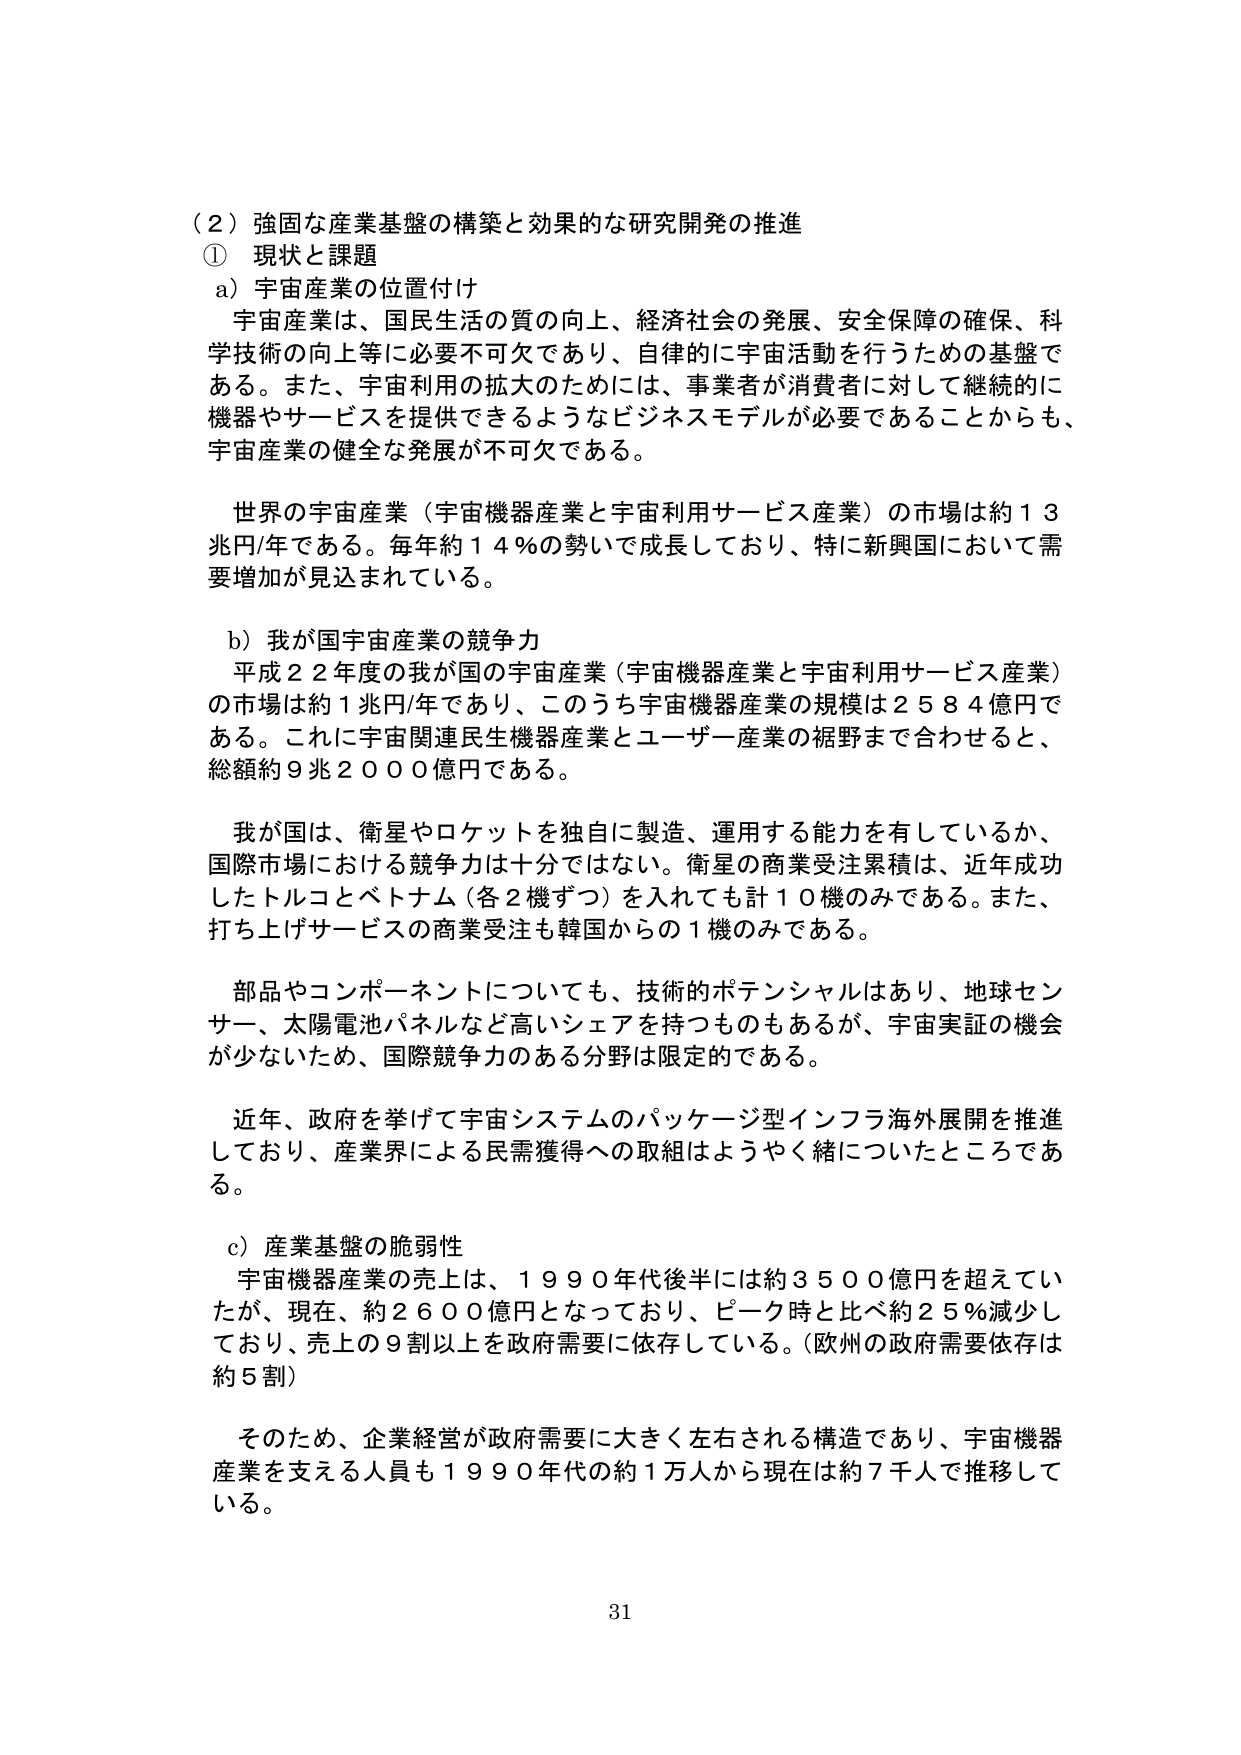
（２）強固な産業基盤の構築と効果的な研究開発の推進
① 現状と課題
a）宇宙産業の位置付け
　宇宙産業は、国民生活の質の向上、経済社会の発展、安全保障の確保、科学技術の向上等に必要不可欠であり、自律的に宇宙活動を行うための基盤である。また、宇宙利用の拡大のためには、事業者が消費者に対して継続的に機器やサービスを提供できるようなビジネスモデルが必要であることからも、宇宙産業の健全な発展が不可欠である。

　世界の宇宙産業（宇宙機器産業と宇宙利用サービス産業）の市場は約１３兆円/年である。毎年約１４％の勢いで成長しており、特に新興国において需要増加が見込まれている。

b）我が国宇宙産業の競争力
　平成２２年度の我が国の宇宙産業（宇宙機器産業と宇宙利用サービス産業）の市場は約１兆円/年であり、このうち宇宙機器産業の規模は２５８４億円である。これに宇宙関連民生機器産業とユーザー産業の裾野まで合わせると、総額約９兆２０００億円である。

　我が国は、衛星やロケットを独自に製造、運用する能力を有しているか、国際市場における競争力は十分ではない。衛星の商業受注累積は、近年成功したトルコとベトナム（各２機ずつ）を入れても計１０機のみである。また、打ち上げサービスの商業受注も韓国からの１機のみである。

　部品やコンポーネントについても、技術的ポテンシャルはあり、地球センサー、太陽電池パネルなど高いシェアを持つものもあるが、宇宙実証の機会が少ないため、国際競争力のある分野は限定的である。

　近年、政府を挙げて宇宙システムのパッケージ型インフラ海外展開を推進しており、産業界による民需獲得への取組はようやく緒についたところである。

c）産業基盤の脆弱性
　宇宙機器産業の売上は、１９９０年代後半には約３５００億円を超えていたが、現在、約２６００億円となっており、ピーク時と比べ約２５％減少しており、売上の９割以上を政府需要に依存している。（欧州の政府需要依存は約５割）

　そのため、企業経営が政府需要に大きく左右される構造であり、宇宙機器産業を支える人員も１９９０年代の約１万人から現在は約７千人で推移している。

31